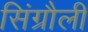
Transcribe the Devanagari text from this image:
सिंग्रौली